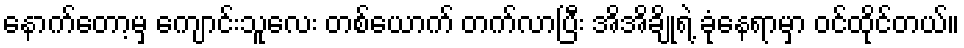
နောက်တော့မှ ကျောင်းသူလေး တစ်ယောက် တက်လာပြီး အိအိချိုရဲ့ ခုံနေရာမှာ ဝင်ထိုင်တယ်။